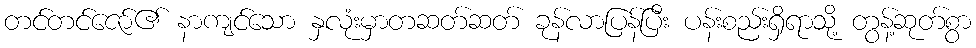
တင်တင်ဇော်၏ နာကျင်သော နှလုံးမှာတဆတ်ဆတ် ခုန်လာပြန်ပြီး ပန်းစည်းရှိရာသို့ တွန့်ဆုတ်စွာ